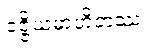
ဝဇ္ဇိယမာဟိတဿ